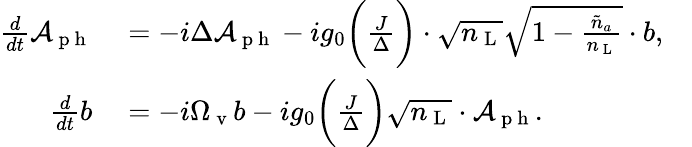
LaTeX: \begin{array}{rlr}{\frac{d}{dt}\mathcal{A}_{\mathrm{~p~h~}}}&{{}=-i\Delta\mathcal{A}_{\mathrm{~p~h~}}-ig_{0}\bigg(\frac{J}{\Delta}\bigg)\cdot\sqrt{n_{\mathrm{~L~}}}\sqrt{1-\frac{\tilde{n}_{a}}{n_{\mathrm{~L~}}}}\cdot b,}&{}\\ {\frac{d}{dt}b}&{{}=-i\Omega_{\mathrm{~v~}}b-ig_{0}\bigg(\frac{J}{\Delta}\bigg)\sqrt{{n}_{\mathrm{~L~}}}\cdot\mathcal{A}_{\mathrm{~p~h~}}.}\end{array}